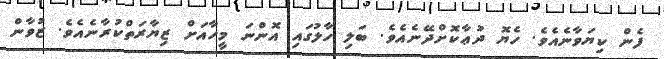
ފެން ކިޔަވާނެއެވެ. ހެޔޮ ދުޢާކޮށްދޭނެއެވެ. ބަލި ހާލުގައި އޮންނަ މީހާއަށް ޒިޔާރަތްކުރާނެއެވެ. ޒުވާން